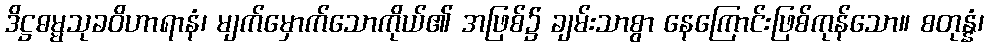
ဒိဋ္ဌဓမ္မသုခဝိဟာရာနံ၊ မျက်မှောက်သောကိုယ်၏ အဖြစ်၌ ချမ်းသာစွာ နေကြောင်းဖြစ်ကုန်သော။ စတုန္နံ၊